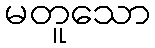
မတူသော